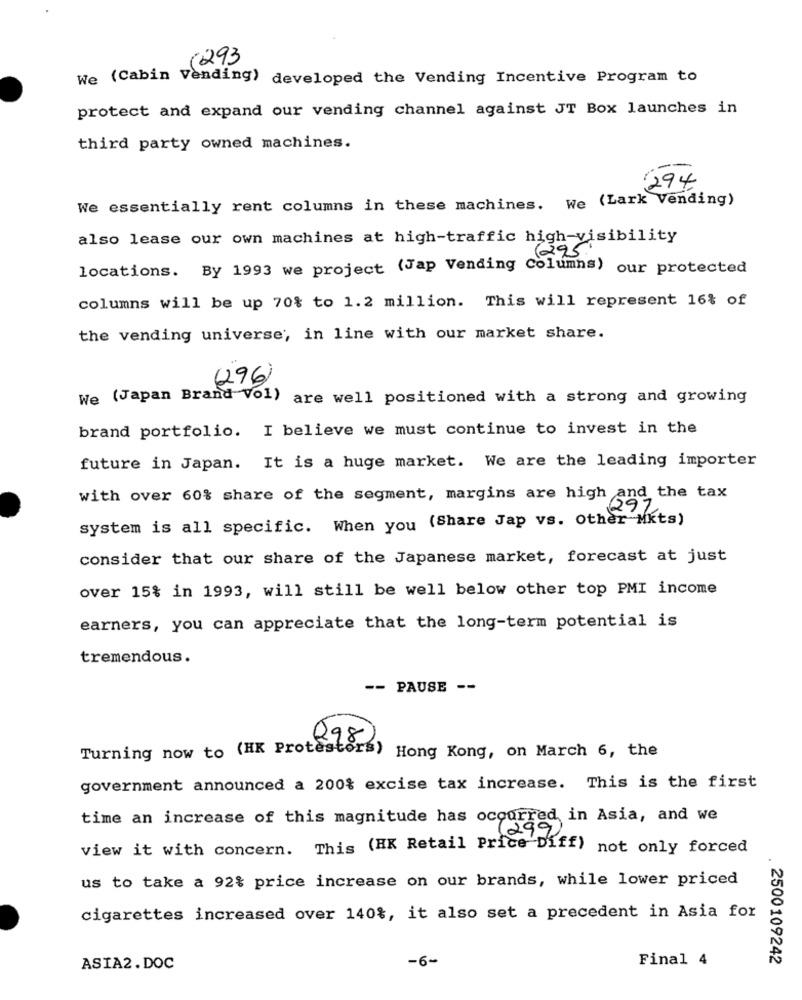
(293
We (Cabin Vending) developed the Vending Incentive Program to
protect and expand our vending channel against JT Box launches in
third party owned machines.
--
294
We essentially rent columns in these machines. We (Lark Vending)
also lease our own machines at high-traffic high-visibility
(225
locations. By 1993 we project (Jap Vending Columns)
our protected
columns will be up 70% to 1.2 million. This will represent 16% of
the vending universe, in line with our market share.
(296)
We (Japan Brand Vol) are well positioned with a strong and growing
brand portfolio. I believe we must continue to invest in the
future in Japan. It is a huge market. We are the leading importer
with over 60% share of the segment, margins are high and the tax
system is all specific. When you (Share Jap vs. other Mits)
consider that our share of the Japanese market, forecast at just
over 15% in 1993, will still be well below other top PMI income
earners, you can appreciate that the long-term potential is
tremendous.
-- PAUSE --
Q98
Turning now to (HK Protestors)
Hong Kong, on March 6, the
government announced a 200% excise tax increase. This is the first
time an increase of this magnitude has occurred in Asia, and we
view it with concern. This (HK Retail Price Diff)
not only forced
us to take a 92% price increase on our brands, while lower priced
cigarettes increased over 140%, it also set a precedent in Asia for
-6-
Final 4
2500109242
ASIA2.DOC